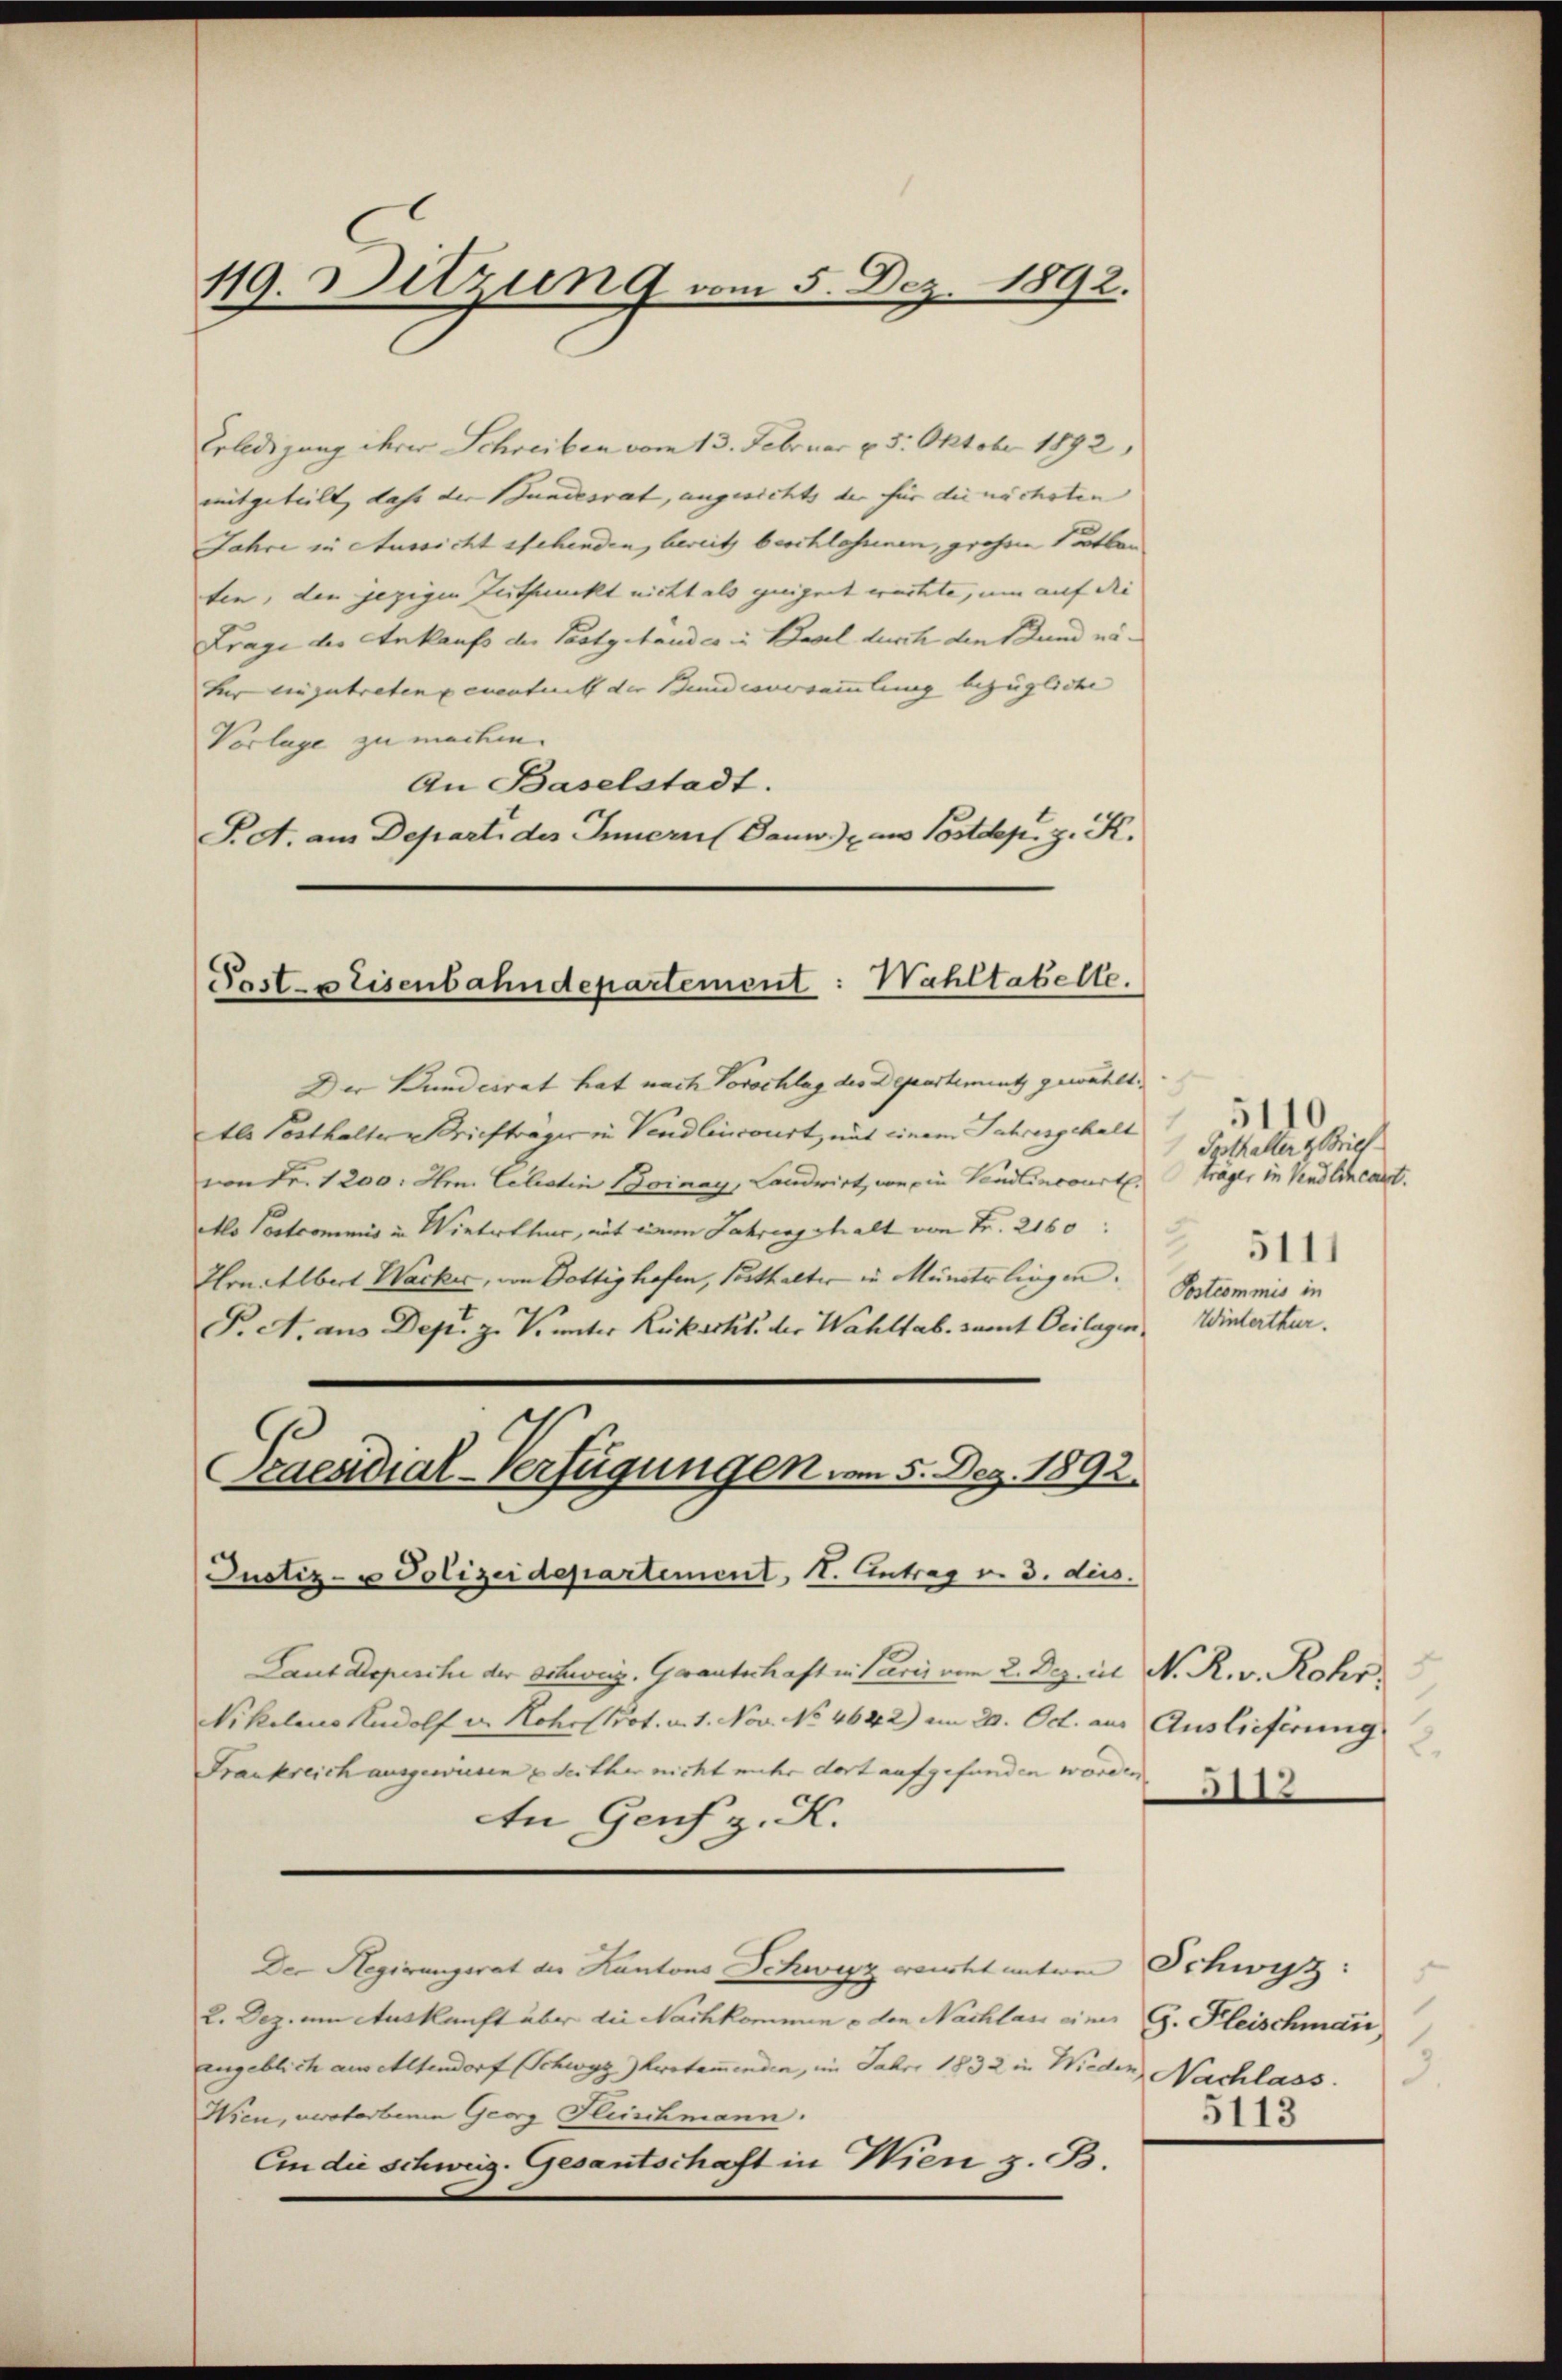
119. Sitzung vom 5. Dez. 1892.

Erledigung ihrer Schreiben vom 13. Februar 25. Oktober 1892,
mitgeteilt, daß der Bundesrat, angesichts der für die nächsten |
Jahre in Aussicht stehenden, bereits beschlossenen, großen Tatban
ten, den jezigen Zuthunckt nicht als geeignet wachte, um auf die
Frage der Ankaufs der Pastgehandes in Basel durch den Bund näfür einzutretene eventuit der Bundesversammlung bezügliche
Vorlage zu machen.
An Baselstadt.
P. A. am Departi des Innern (Danw.) aus Postdep. g. K.

Past prisenbahndepartement: Wahltatelle.

Der Bundesrat hat nach Vorschlag des Departement gewählt.
tls Posthalter Briefträger in Vendlincourt, mit einem Jahresgehalt
von Fr. 1200. Hr. Celestin Bonay, Landwirt, von ein Vendlincourt trager in Vendlincart.
Alo Postcommis in Winterthur, auf einem Jahrengehalt von Fr. 2160:
Hhrnehlbert Wacker, von Dottig hafen, sothalter in Münsterlingen. Postcommis in
P. c. aus Dep. z. V. unter Rickartt. der Wahlsab. zumit Beilagen Winterthur.
Justiz- u Polizeidepartement. 11. Antrag v. 3. dus.
Laut Depesche der Schweig, Gautschaft in Paris vom 2. Dez. ist N. R. v. Rohr
Nikolaus Rudolf v. Hohe Prot. v. 1. Nov. No 4642) am 20. Oct. aus Auslieferung
Frankreich ausgewiesen u Seither nicht mehr dort aufgefunden worden
An Genf z. K.
Der Hegirungsrat der Kantons Schwyz wartet unten Schwyz:
2. Dez. um Auskunft über die Nachkommen u den Nachlass eines G. Fleischmann,
engeblich aus Altendorf (Schwyz bestamenden, im Faber 1832 in Wieder Nachlass
Wien, verstorbene Georg Fleischmann.
An die Schweiz. Gesantschaft in Wien z. B.

Praesidial-Verfügungen vom 5. Dez. 1892.

1
Potthalter z. Brief
2
5111

2.
3112

5113